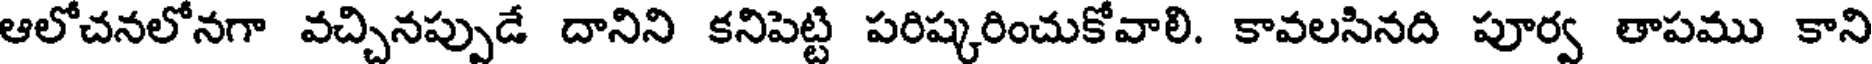
ఆలోచనలోనగా వచ్చినప్పుడే దానిని కనిపెట్టి పరిష్కరించుకోవాలి. కావలసినది పూర్వ తాపము కాని